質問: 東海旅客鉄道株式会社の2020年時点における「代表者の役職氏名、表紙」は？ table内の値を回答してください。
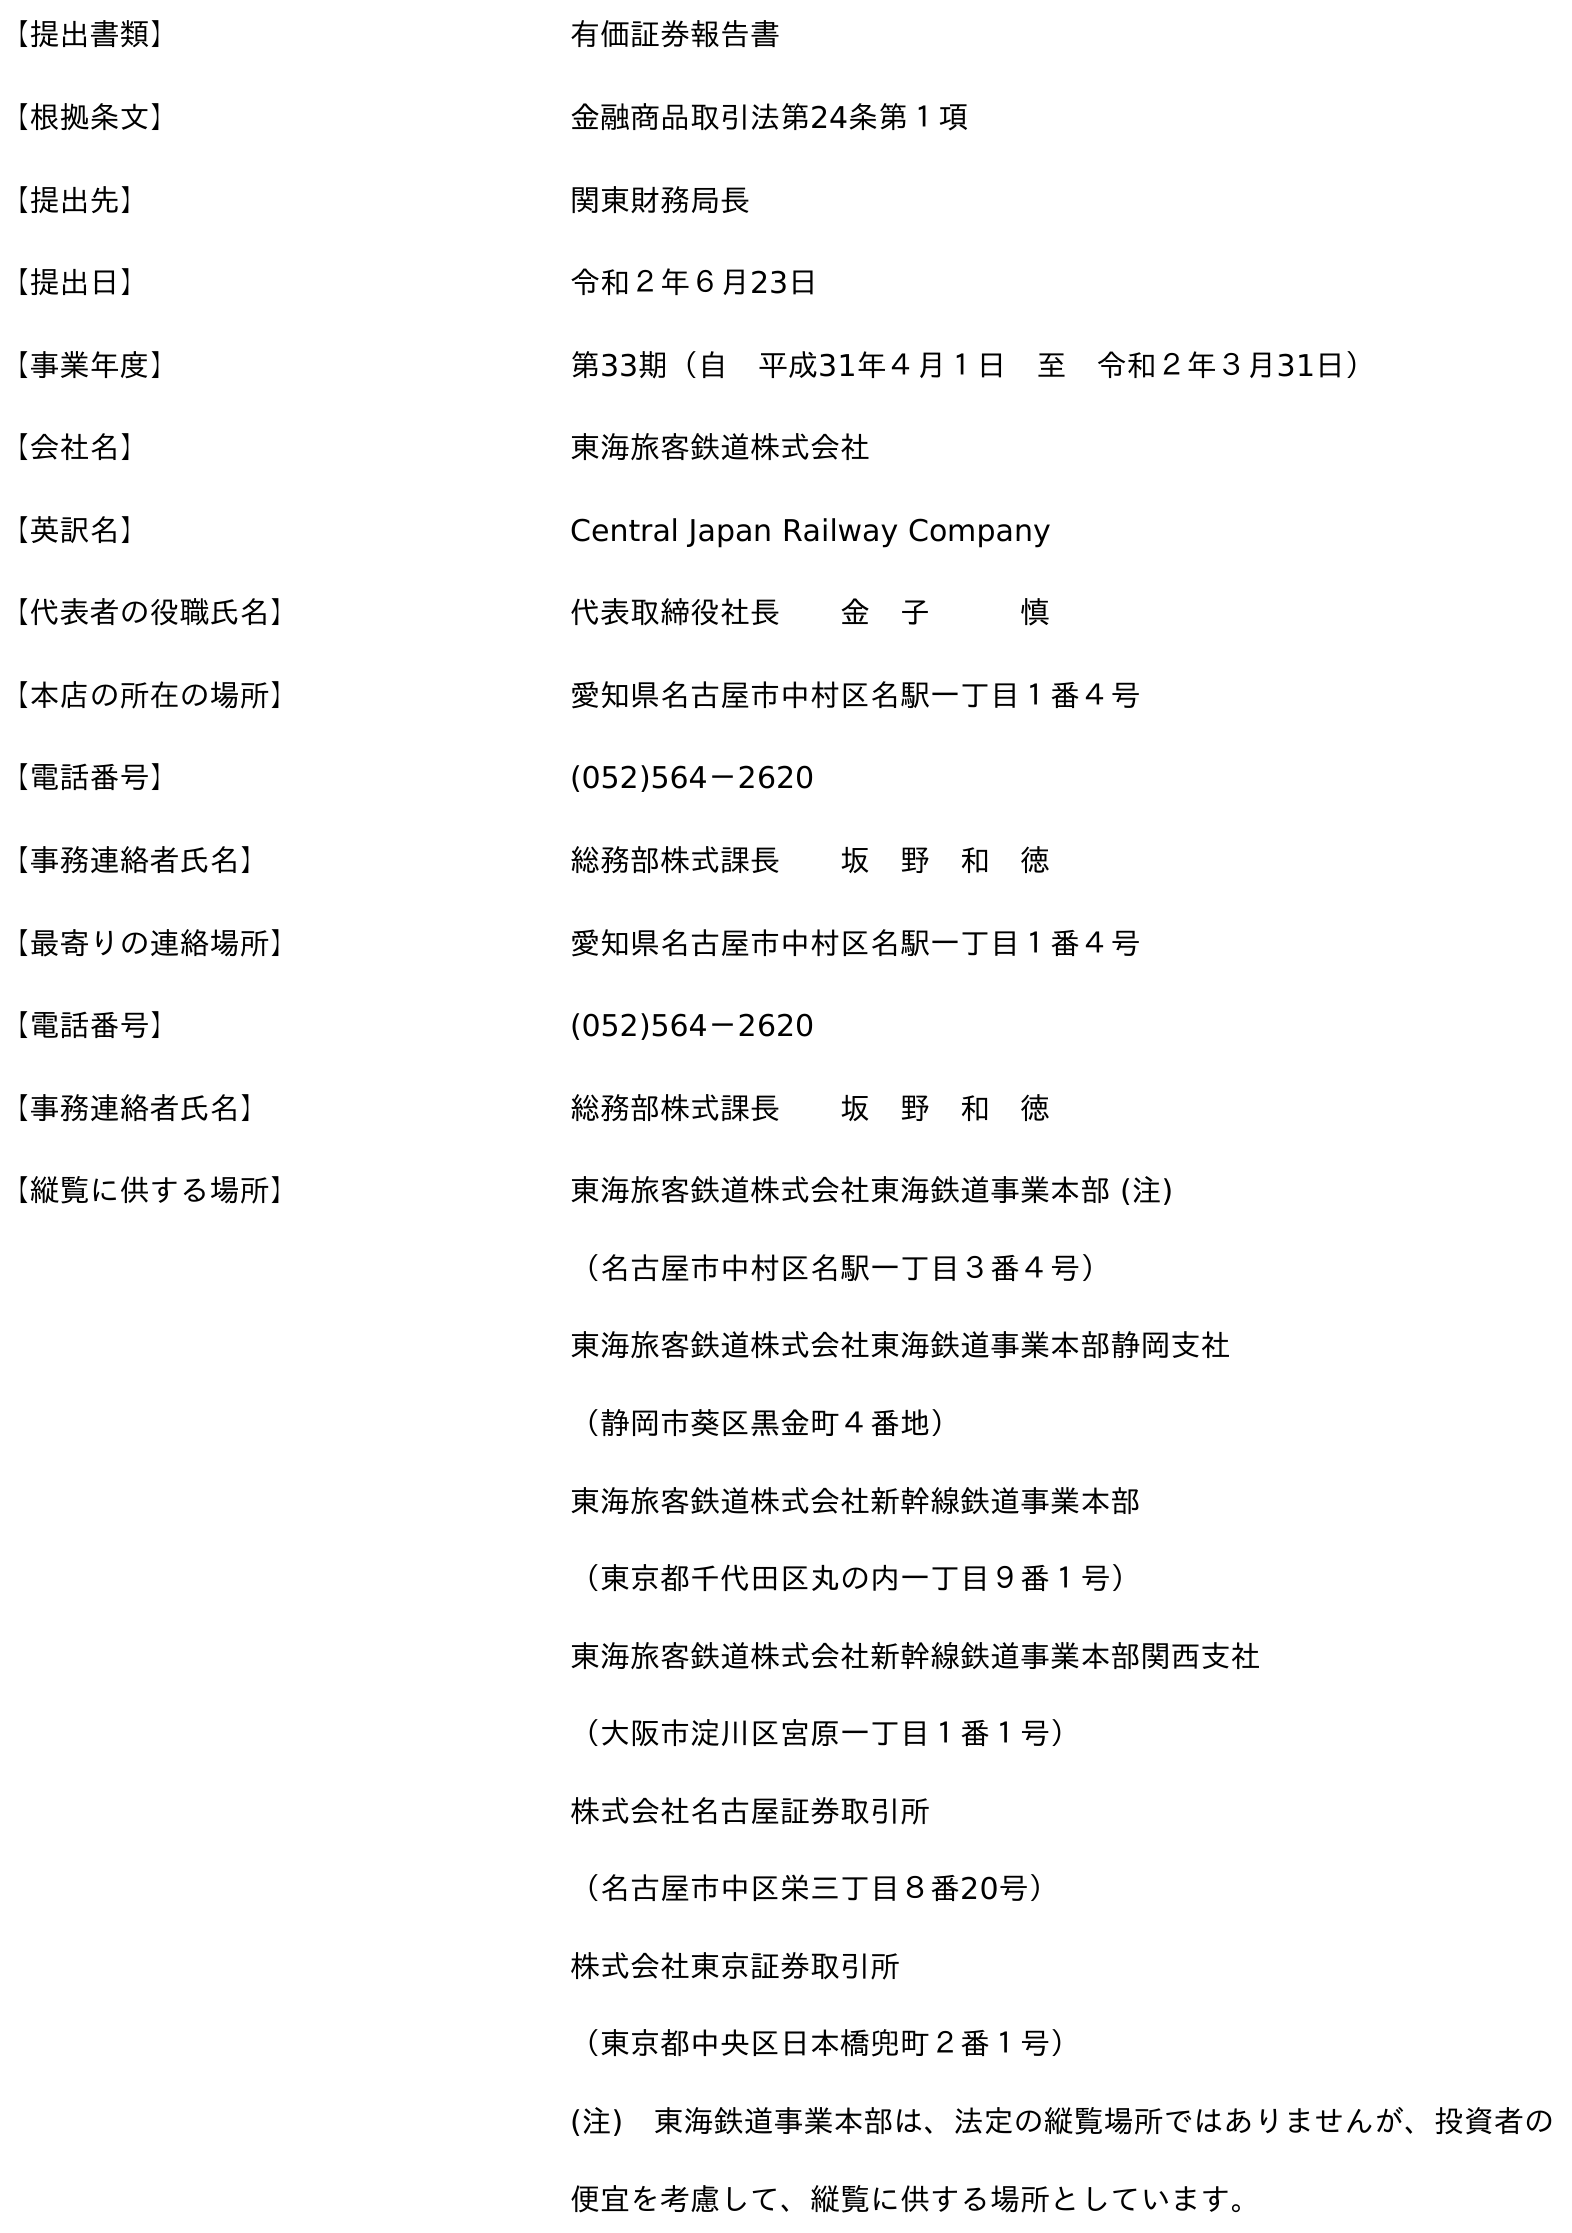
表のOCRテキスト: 【提出書類】 有価証券報告書 【根拠条文】 金融商品取引法第24条第１項 【提出先】 関東財務局長 【提出日】 令和２年６月23日 【事業年度】 第33期（自 平成31年４月１日 至 令和２年３月31日） 【会社名】 東海旅客鉄道株式会社 【英訳名】 Central Japan Railway Company 【代表者の役職氏名】 代表取締役社長  金 子   慎 【本店の所在の場所】 愛知県名古屋市中村区名駅一丁目１番４号 【電話番号】 (052)564－2620 【事務連絡者氏名】 総務部株式課長  坂 野 和 徳 【最寄りの連絡場所】 愛知県名古屋市中村区名駅一丁目１番４号 【電話番号】 (052)564－2620 【事務連絡者氏名】 総務部株式課長  坂 野 和 徳 【縦覧に供する場所】 東海旅客鉄道株式会社東海鉄道事業本部 (注) （名古屋市中村区名駅一丁目３番４号） 東海旅客鉄道株式会社東海鉄道事業本部静岡支社 （静岡市葵区黑金町４番地） 東海旅客鉄道株式会社新幹線鉄道事業本部 （東京都千代田区丸の内一丁目９番１号） 東海旅客鉄道株式会社新幹線鉄道事業本部関西支社 （大阪市淀川区宮原一丁目１番１号） 株式会社名古屋証券取引所 （名古屋市中区栄三丁目８番20号） 株式会社東京証券取引所 （東京都中央区日本橋兜町２番１号） (注) 東海鉄道事業本部は、法定の縦覧場所ではありませんが、投資者の 便宜を考慮して、縦覧に供する場所としています。
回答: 代表取締役社長金　子慎